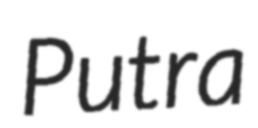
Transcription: Putra